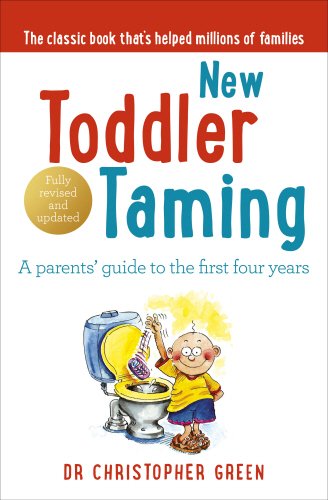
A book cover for New Toddler Taming: A Parents' Guide to the First Four Years; Christopher Green; Parenting & Relationships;